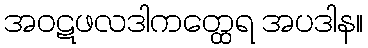
အဝဋဖလဒါကတ္ထေရ အပဒါန။